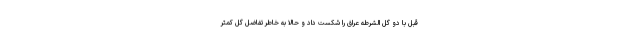
قبل با دو گل الشرطه عراق را شکست داد و حالا به خاطر تفاضل گل کمتر